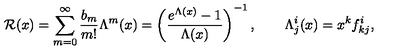
{ \cal R } ( x ) = \sum _ { m = 0 } ^ { \infty } \frac { b _ { m } } { m ! } \Lambda ^ { m } ( x ) = \left( \frac { e ^ { \Lambda ( x ) } - 1 } { \Lambda ( x ) } \right) ^ { - 1 } , \qquad \Lambda _ { j } ^ { i } ( x ) = x ^ { k } f _ { k j } ^ { i } ,